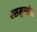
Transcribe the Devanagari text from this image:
रसमुस्सेन